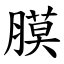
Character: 膜